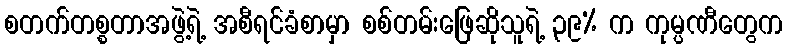
စတက်တစ္စတာအဖွဲ့ရဲ့ အစီရင်ခံစာမှာ စစ်တမ်းဖြေဆိုသူရဲ့ ၃၉% က ကုမ္ပဏီတွေက